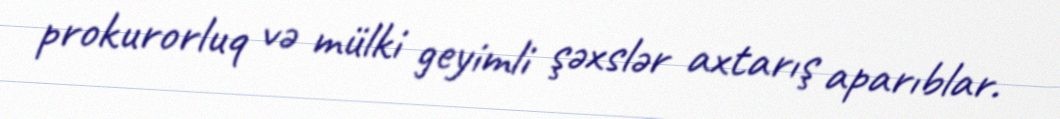
prokurorluq vә mülki geyimli şəxslər axtarış aparıblar.